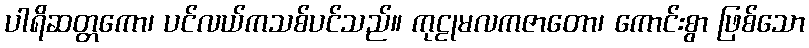
ပါရိဆတ္တကော၊ ပင်လယ်ကသစ်ပင်သည်။ ကုဠုမလကဇာတော၊ ကောင်းစွာ ဖြစ်သော